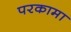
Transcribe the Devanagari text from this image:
परकामा